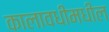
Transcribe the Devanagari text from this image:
कालावधीमधील